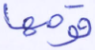
قومها